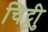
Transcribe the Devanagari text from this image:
चिट्ठीु